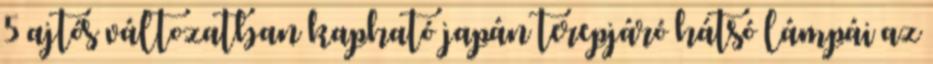
5 ajtós változatban kapható japán terepjáró hátsó lámpái az